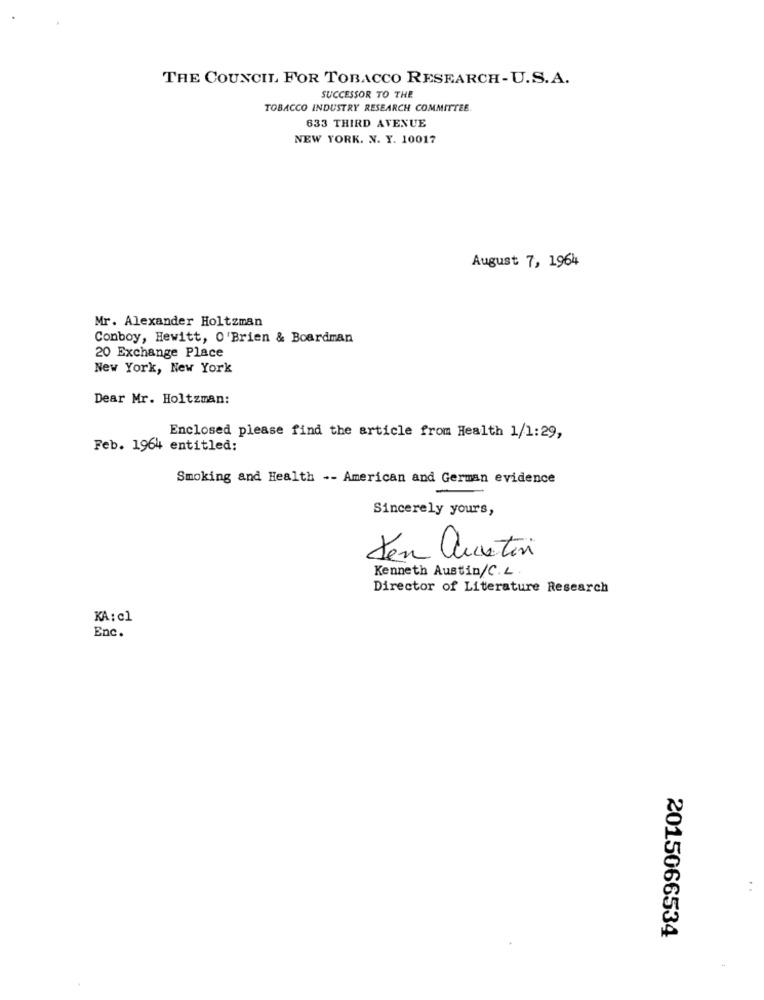
THE COUNCIL FOR TOBACCO RESEARCH-U.S.A.
SUCCESSOR TO THE
TOBACCO INDUSTRY RESEARCH COMMITTEE.
633 THIRD AVENUE
NEW YORK. N. Y. 10017
August 7, 1964
Mr. Alexander Holtzman
Conboy, Hewitt, O'Brien & Boardman
20 Exchange Place
New York, New York
Dear Mr. Holtzman:
Enclosed please find the article from Health 1/1:29,
Feb. 1964 entitled:
Smoking and Health -- American and German evidence
Sincerely yours,
19
Den austin
Kenneth Austin/C.L.
Director of Literature Research
KA: el
Enc.
2015066534